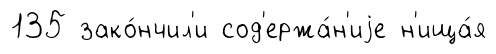
135 зако́нчил'и сод'ержа́н'иjе н'ища́я